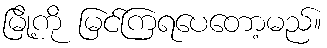
မြို့ကို မြင်ကြရပေတော့မည်။